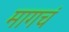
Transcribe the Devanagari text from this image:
मागचं